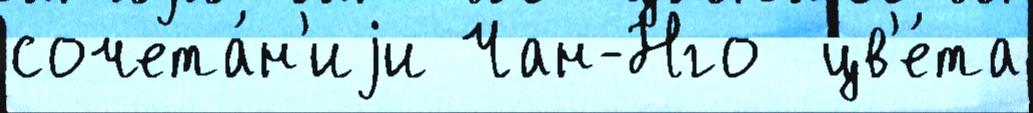
сочета́н'иjи Чан-Нго  цв'е́та